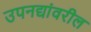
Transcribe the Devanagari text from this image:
उपनद्यांवरील